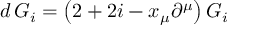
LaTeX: d \, G _ { i } = \left( 2 + 2 i - x _ { \mu } \partial ^ { \mu } \right) G _ { i }